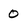
Character: 0